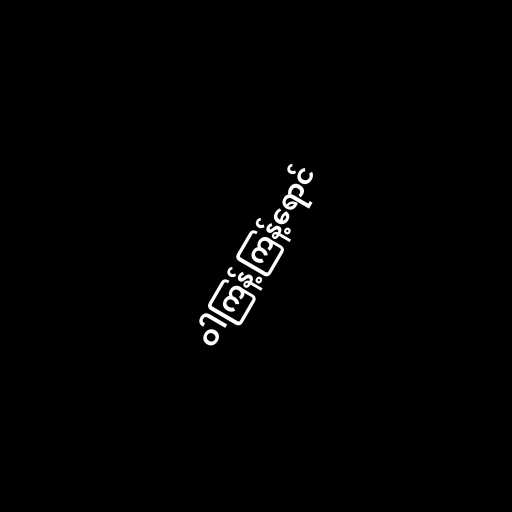
ဝါကြန့်ကြန့်ရောင်